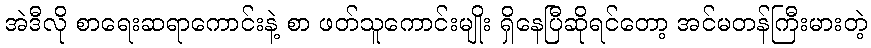
အဲဒီလို စာရေးဆရာကောင်းနဲ့ စာ ဖတ်သူကောင်းမျိုး ရှိနေပြီဆိုရင်တော့ အင်မတန်ကြီးမားတဲ့